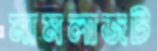
মামলাজট